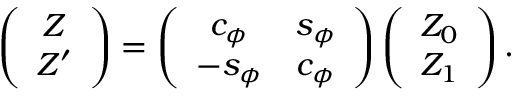
\left( \begin{array} { c } { { Z } } \\ { { Z ^ { \prime } } } \end{array} \right) = \left( \begin{array} { c c } { { c _ { \phi } } } & { { s _ { \phi } } } \\ { { - s _ { \phi } } } & { { c _ { \phi } } } \end{array} \right) \left( \begin{array} { c } { { Z _ { 0 } } } \\ { { Z _ { 1 } } } \end{array} \right) .